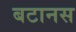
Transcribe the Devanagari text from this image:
बटानस